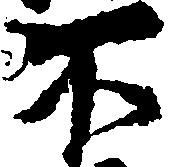
不